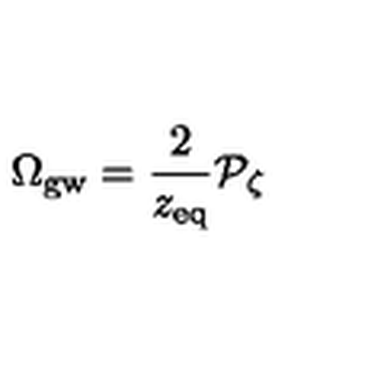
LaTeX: \Omega _ { \mathrm { g w } } = { \frac { 2 } { z _ { \mathrm { e q } } } } { \cal P } _ { \zeta }